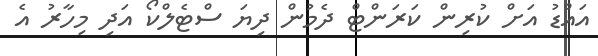
އައްޑު އަށް ކުރިން ކަރަންޓް ދެމުން ދިޔަ ސްޓެލްކޯ އަދި މިހާރު އެ